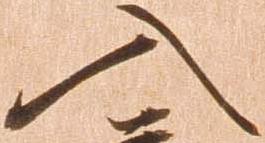
入